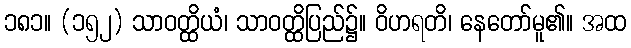
၁၈၁။ (၁၅၂) သာဝတ္ထိယံ၊ သာဝတ္ထိပြည်၌။ ဝိဟရတိ၊ နေတော်မူ၏။ အထ